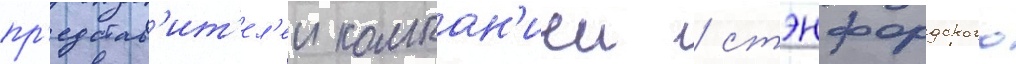
пр'едстав'ит'ел'еи компан'иеи / стэнфордского